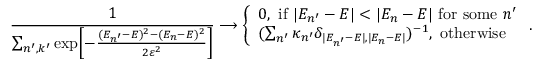
{ \frac { 1 } { \sum _ { n ^ { \prime } , k ^ { \prime } } \exp \! \left[ { - { \frac { ( E _ { n ^ { \prime } } - E ) ^ { 2 } - ( E _ { n } - E ) ^ { 2 } } { 2 \varepsilon ^ { 2 } } } } \right] } } \longrightarrow \left\{ \begin{array} { l } { { 0 \mathrm { , ~ i f ~ } | E _ { n ^ { \prime } } - E | < | E _ { n } - E | \mathrm { ~ f o r ~ s o m e ~ } n ^ { \prime } } } \\ { { ( \sum _ { n ^ { \prime } } \kappa _ { n ^ { \prime } } \delta _ { | E _ { n ^ { \prime } } - E | , | E _ { n } - E | } ) ^ { - 1 } \mathrm { , ~ o t h e r w i s e } } } \end{array} \right. .